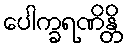
ပေါက္ခရဏိန္တိ